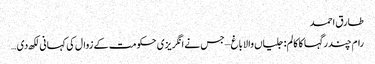
طارق احمد
رام چندر گہا کا کالم: جلیاں والا باغ –جس نے انگریزی حکومت کے زوال کی کہانی لکھ دی …